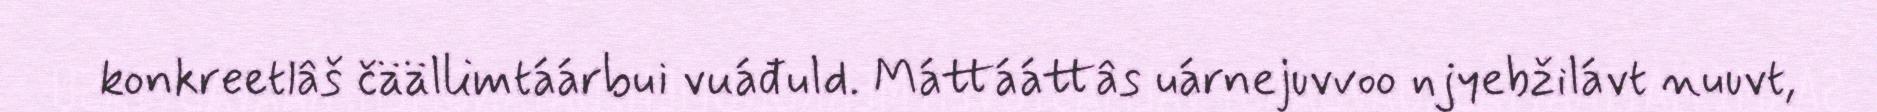
konkreetlâš čäällimtáárbui vuáđuld. Máttááttâs uárnejuvvoo njyebžilávt nuuvt,